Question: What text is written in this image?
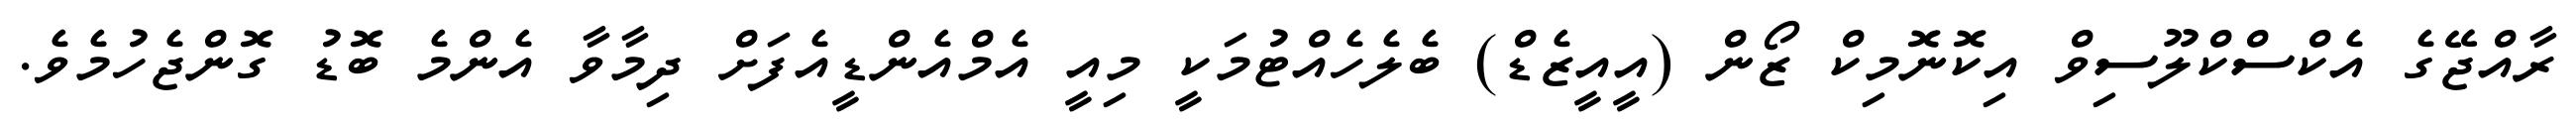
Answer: ރާއްޖޭގެ އެކްސްކްލޫސިވް އިކޮނޮމިކް ޒޯން (އީއީޒެޑް) ބެލެހެއްޓުމަކީ މިއީ އެމްއެންޑީއެފަށް ދިމާވާ އެންމެ ބޮޑު ގޮންޖެހުމެވެ.